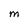
Character: m